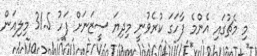
މި މެޗުގައި އެންމެ ފާހަގަ ކުރެވުނީ މިދިޔަ ސީޒަނަށް ފަހު 31.5 މިލިއަން